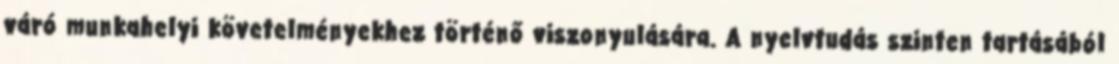
váró munkahelyi követelményekhez történő viszonyulására. A nyelvtudás szinten tartásából